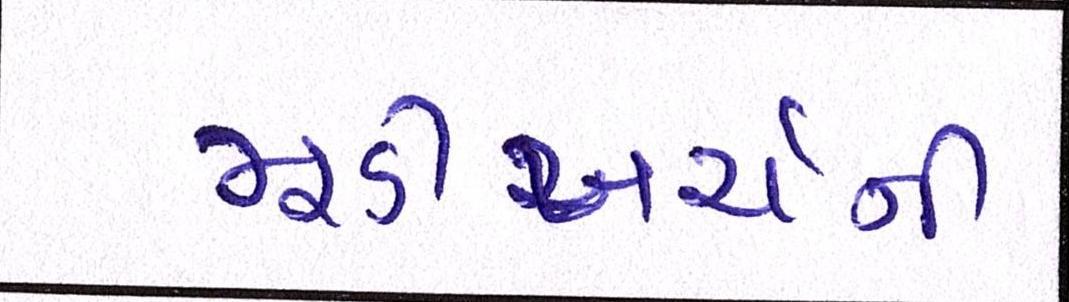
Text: મૂડીખર્ચની